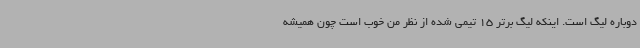
دوباره لیگ است. اینکه لیگ برتر 15 تیمی شده از نظر من خوب است چون همیشه